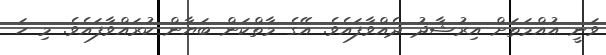
ވަނީ އުއްމަތަށް އިރުޝާދު ދެއްވާފައެވެ. އޭގެ މާތްކަން ބަޔާން ކުރައްވާފައެވެ. މި ހަ